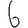
Digit: 6